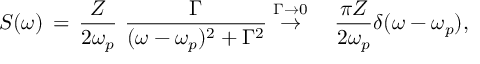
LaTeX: S ( \omega ) \, = \, \frac { Z } { 2 \omega _ { p } } ~ \frac { \Gamma } { ( \omega - \omega _ { p } ) ^ { 2 } + \Gamma ^ { 2 } } \stackrel { \Gamma \rightarrow 0 } { \rightarrow } \quad \frac { \pi Z } { 2 \omega _ { p } } \delta ( \omega - \omega _ { p } ) ,